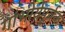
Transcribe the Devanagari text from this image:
गांभीर्यपूर्वक